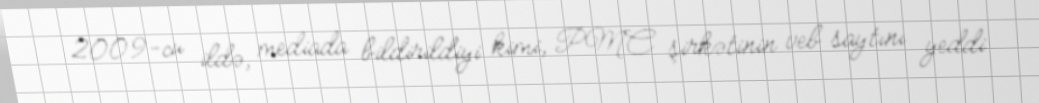
2009-cu ildə, mediada bildirildiyi kimi, PMC şirkətinin veb saytını yeddi